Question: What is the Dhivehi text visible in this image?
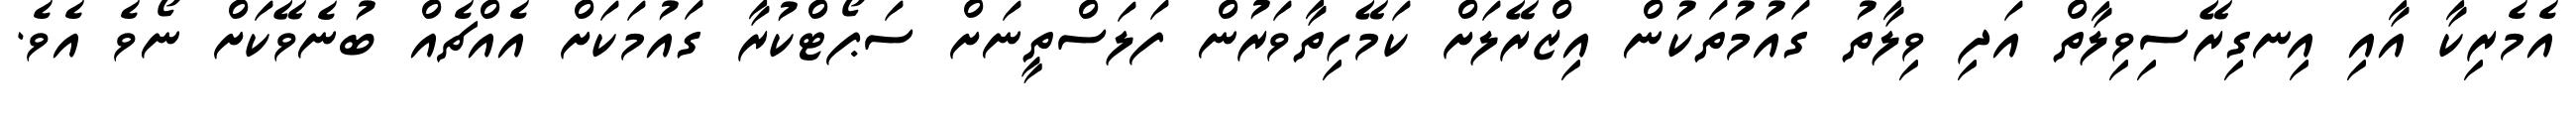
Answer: އެމެރިކާ އާއި އިނގިރޭސިވިލާތް އަދި ވިލާތު ގައުމުތަކުން އިޒްރޭލަށް ކަމޭހިތާވަރުން ފަލަސްތީނަށް ސަޕޯޓްކުރާ ގައުމަކަށް އެއްޗެއް ބުނެވޭކަށް ނޯވެ އެވެ.